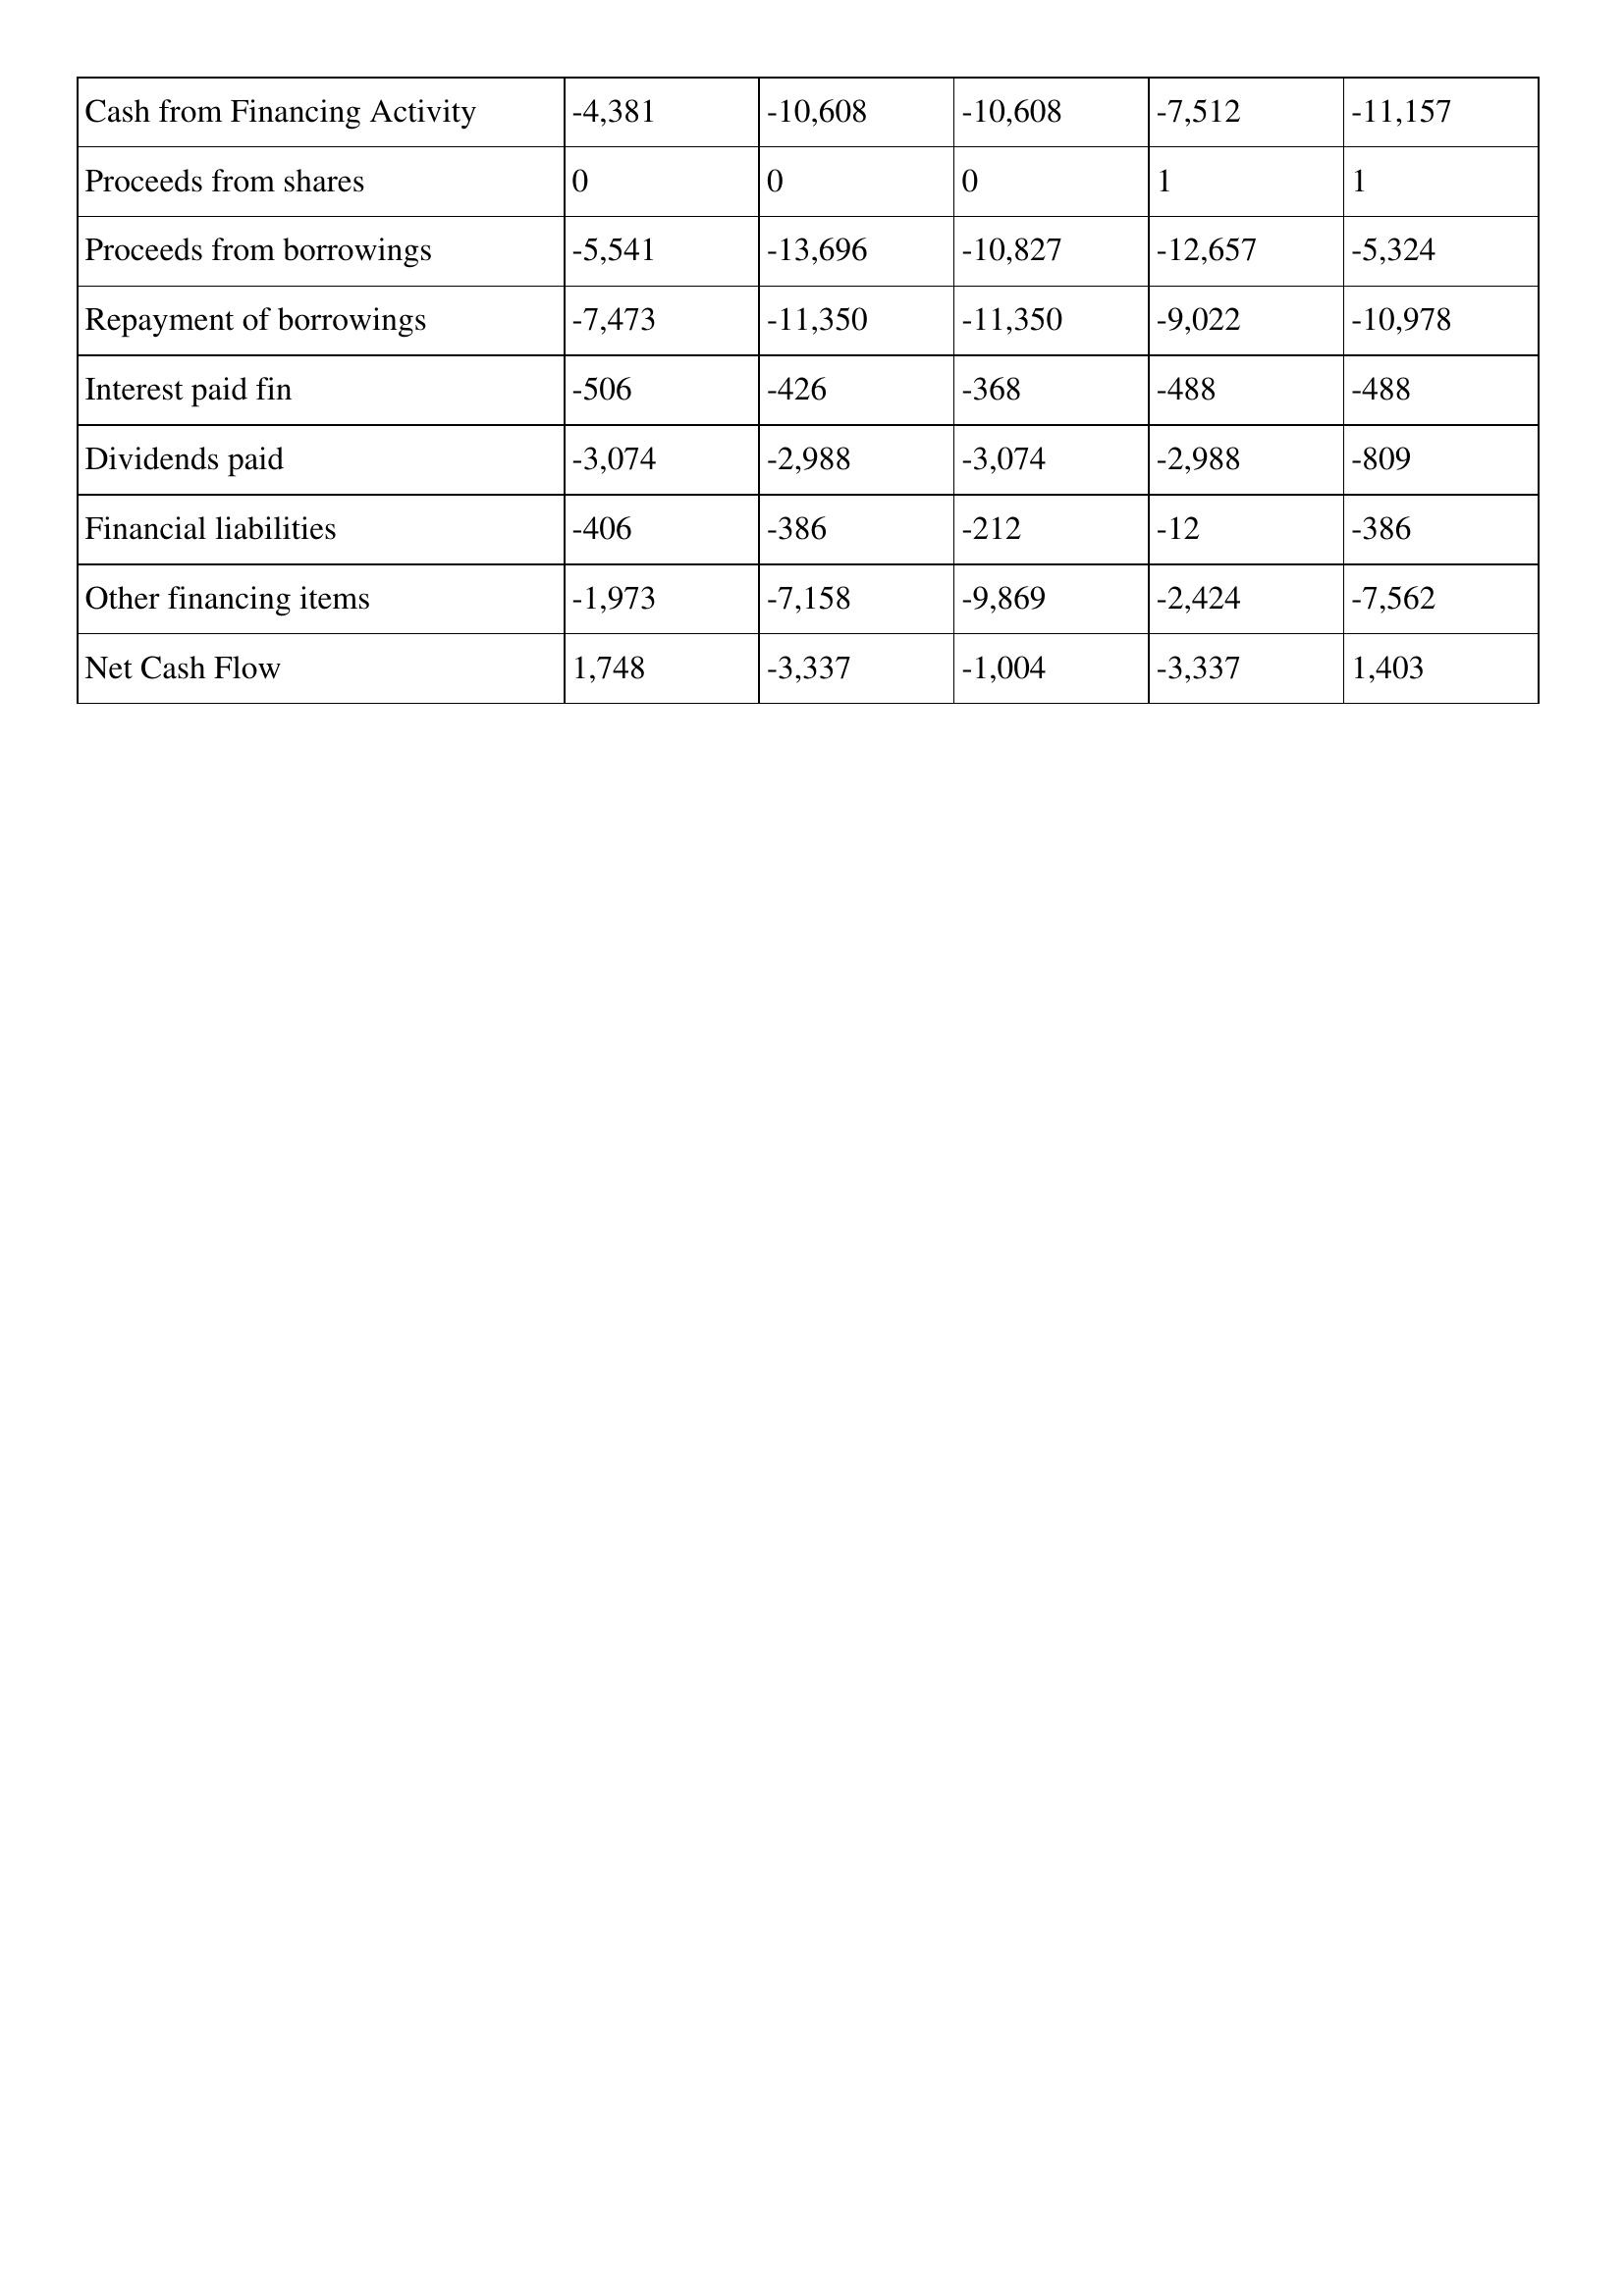
gt_parse: Apr-21: Cash Flows: Cash from Financing Activity: -4,381
Proceeds from shares: 0
Proceeds from borrowings: -5,541
Repayment of borrowings: -7,473
Interest paid fin: -506
Dividends paid: -3,074
Financial liabilities: -406
Other financing items: -1,973
Net Cash Flow: 1,748
Apr-20: Cash Flows: Cash from Financing Activity: -10,608
Proceeds from shares: 0
Proceeds from borrowings: -13,696
Repayment of borrowings: -11,350
Interest paid fin: -426
Dividends paid: -2,988
Financial liabilities: -386
Other financing items: -7,158
Net Cash Flow: -3,337
Apr-19: Cash Flows: Cash from Financing Activity: -10,608
Proceeds from shares: 0
Proceeds from borrowings: -10,827
Repayment of borrowings: -11,350
Interest paid fin: -368
Dividends paid: -3,074
Financial liabilities: -212
Other financing items: -9,869
Net Cash Flow: -1,004
Apr-18: Cash Flows: Cash from Financing Activity: -7,512
Proceeds from shares: 1
Proceeds from borrowings: -12,657
Repayment of borrowings: -9,022
Interest paid fin: -488
Dividends paid: -2,988
Financial liabilities: -12
Other financing items: -2,424
Net Cash Flow: -3,337
Apr-17: Cash Flows: Cash from Financing Activity: -11,157
Proceeds from shares: 1
Proceeds from borrowings: -5,324
Repayment of borrowings: -10,978
Interest paid fin: -488
Dividends paid: -809
Financial liabilities: -386
Other financing items: -7,562
Net Cash Flow: 1,403